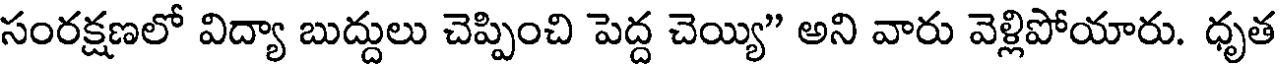
సంరక్షణలో విద్యా బుద్దులు చెప్పించి పెద్ద చెయ్యి" అని వారు వెళ్లిపోయారు. ధృత